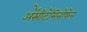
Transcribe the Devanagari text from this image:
ॲेसीटॅमिनोफेन